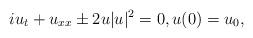
LaTeX: \begin{align*}i u_t + u_{xx} \pm 2 u |u|^2 = 0, u(0) = u_0,\end{align*}